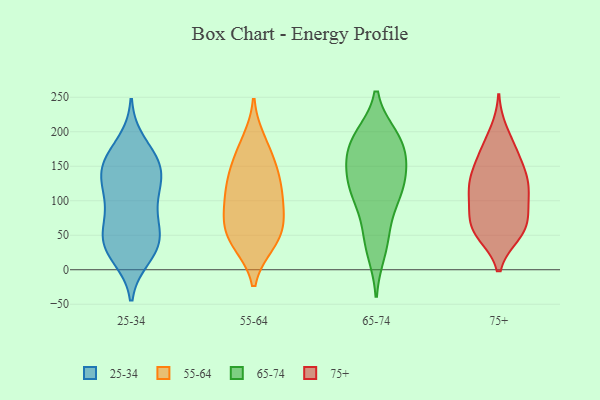
{"axis": {"x": "Tickets Resolved", "y": "Value"}, "legend": ["25-34", "55-64", "65-74", "75+"], "data": [{"x": "", "y": 162, "type": "25-34"}, {"x": "", "y": 121, "type": "25-34"}, {"x": "", "y": 142, "type": "25-34"}, {"x": "", "y": 51, "type": "25-34"}, {"x": "", "y": 158, "type": "25-34"}, {"x": "", "y": 33, "type": "25-34"}, {"x": "", "y": 75, "type": "25-34"}, {"x": "", "y": 128, "type": "25-34"}, {"x": "", "y": 156, "type": "25-34"}, {"x": "", "y": 19, "type": "25-34"}, {"x": "", "y": 148, "type": "25-34"}, {"x": "", "y": 95, "type": "25-34"}, {"x": "", "y": 24, "type": "25-34"}, {"x": "", "y": 121, "type": "25-34"}, {"x": "", "y": 184, "type": "25-34"}, {"x": "", "y": 42, "type": "25-34"}, {"x": "", "y": 38, "type": "25-34"}, {"x": "", "y": 52, "type": "25-34"}, {"x": "", "y": 89, "type": "25-34"}, {"x": "", "y": 43, "type": "55-64"}, {"x": "", "y": 106, "type": "55-64"}, {"x": "", "y": 137, "type": "55-64"}, {"x": "", "y": 66, "type": "55-64"}, {"x": "", "y": 39, "type": "55-64"}, {"x": "", "y": 186, "type": "55-64"}, {"x": "", "y": 77, "type": "55-64"}, {"x": "", "y": 174, "type": "55-64"}, {"x": "", "y": 145, "type": "55-64"}, {"x": "", "y": 38, "type": "55-64"}, {"x": "", "y": 108, "type": "55-64"}, {"x": "", "y": 136, "type": "55-64"}, {"x": "", "y": 64, "type": "55-64"}, {"x": "", "y": 97, "type": "55-64"}, {"x": "", "y": 168, "type": "65-74"}, {"x": "", "y": 134, "type": "65-74"}, {"x": "", "y": 27, "type": "65-74"}, {"x": "", "y": 114, "type": "65-74"}, {"x": "", "y": 117, "type": "65-74"}, {"x": "", "y": 191, "type": "65-74"}, {"x": "", "y": 153, "type": "65-74"}, {"x": "", "y": 105, "type": "65-74"}, {"x": "", "y": 184, "type": "65-74"}, {"x": "", "y": 65, "type": "65-74"}, {"x": "", "y": 192, "type": "65-74"}, {"x": "", "y": 152, "type": "65-74"}, {"x": "", "y": 114, "type": "65-74"}, {"x": "", "y": 41, "type": "65-74"}, {"x": "", "y": 188, "type": "65-74"}, {"x": "", "y": 63, "type": "75+"}, {"x": "", "y": 117, "type": "75+"}, {"x": "", "y": 179, "type": "75+"}, {"x": "", "y": 200, "type": "75+"}, {"x": "", "y": 133, "type": "75+"}, {"x": "", "y": 168, "type": "75+"}, {"x": "", "y": 52, "type": "75+"}, {"x": "", "y": 57, "type": "75+"}, {"x": "", "y": 112, "type": "75+"}, {"x": "", "y": 77, "type": "75+"}, {"x": "", "y": 144, "type": "75+"}, {"x": "", "y": 108, "type": "75+"}, {"x": "", "y": 126, "type": "75+"}, {"x": "", "y": 52, "type": "75+"}, {"x": "", "y": 132, "type": "75+"}, {"x": "", "y": 93, "type": "75+"}, {"x": "", "y": 163, "type": "75+"}, {"x": "", "y": 56, "type": "75+"}, {"x": "", "y": 80, "type": "75+"}]}